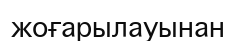
жоғарылауынан